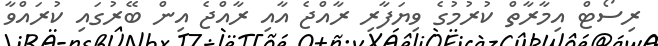
ރިސޯޓް އިމާރާތް ކުރުމުގެ ވިޔަފާރި ރާއްޖެ އާއި ރާއްޖެ އިން ބޭރުގައި ކުރައްވާ